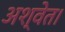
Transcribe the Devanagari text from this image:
अश्वेत।